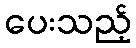
ပေးသည့်